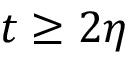
t \geq 2 \eta